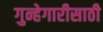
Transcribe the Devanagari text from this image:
गुन्हेगारीसाठी